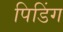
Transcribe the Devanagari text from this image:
पिडिंग